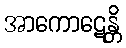
အာကောဋေန္တိ